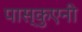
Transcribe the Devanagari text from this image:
पास्कुएनी